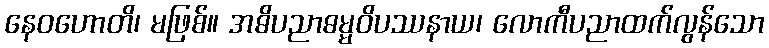
နေဝဟောတိ၊ မဖြစ်။ အဓိပညာဓမ္မဝိပဿနာယ၊ လောကီပညာထက်လွန်သော